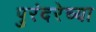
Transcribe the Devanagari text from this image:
पुरंदरेच्या